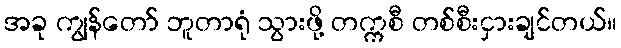
အခု ကျွန်တော် ဘူတာရုံ သွားဖို့ တက္ကစီ တစ်စီးငှားချင်တယ်။